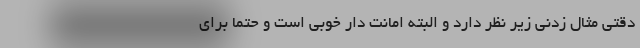
دقتی مثال زدنی زیر نظر دارد و البته امانت دار خوبی است و حتما برای